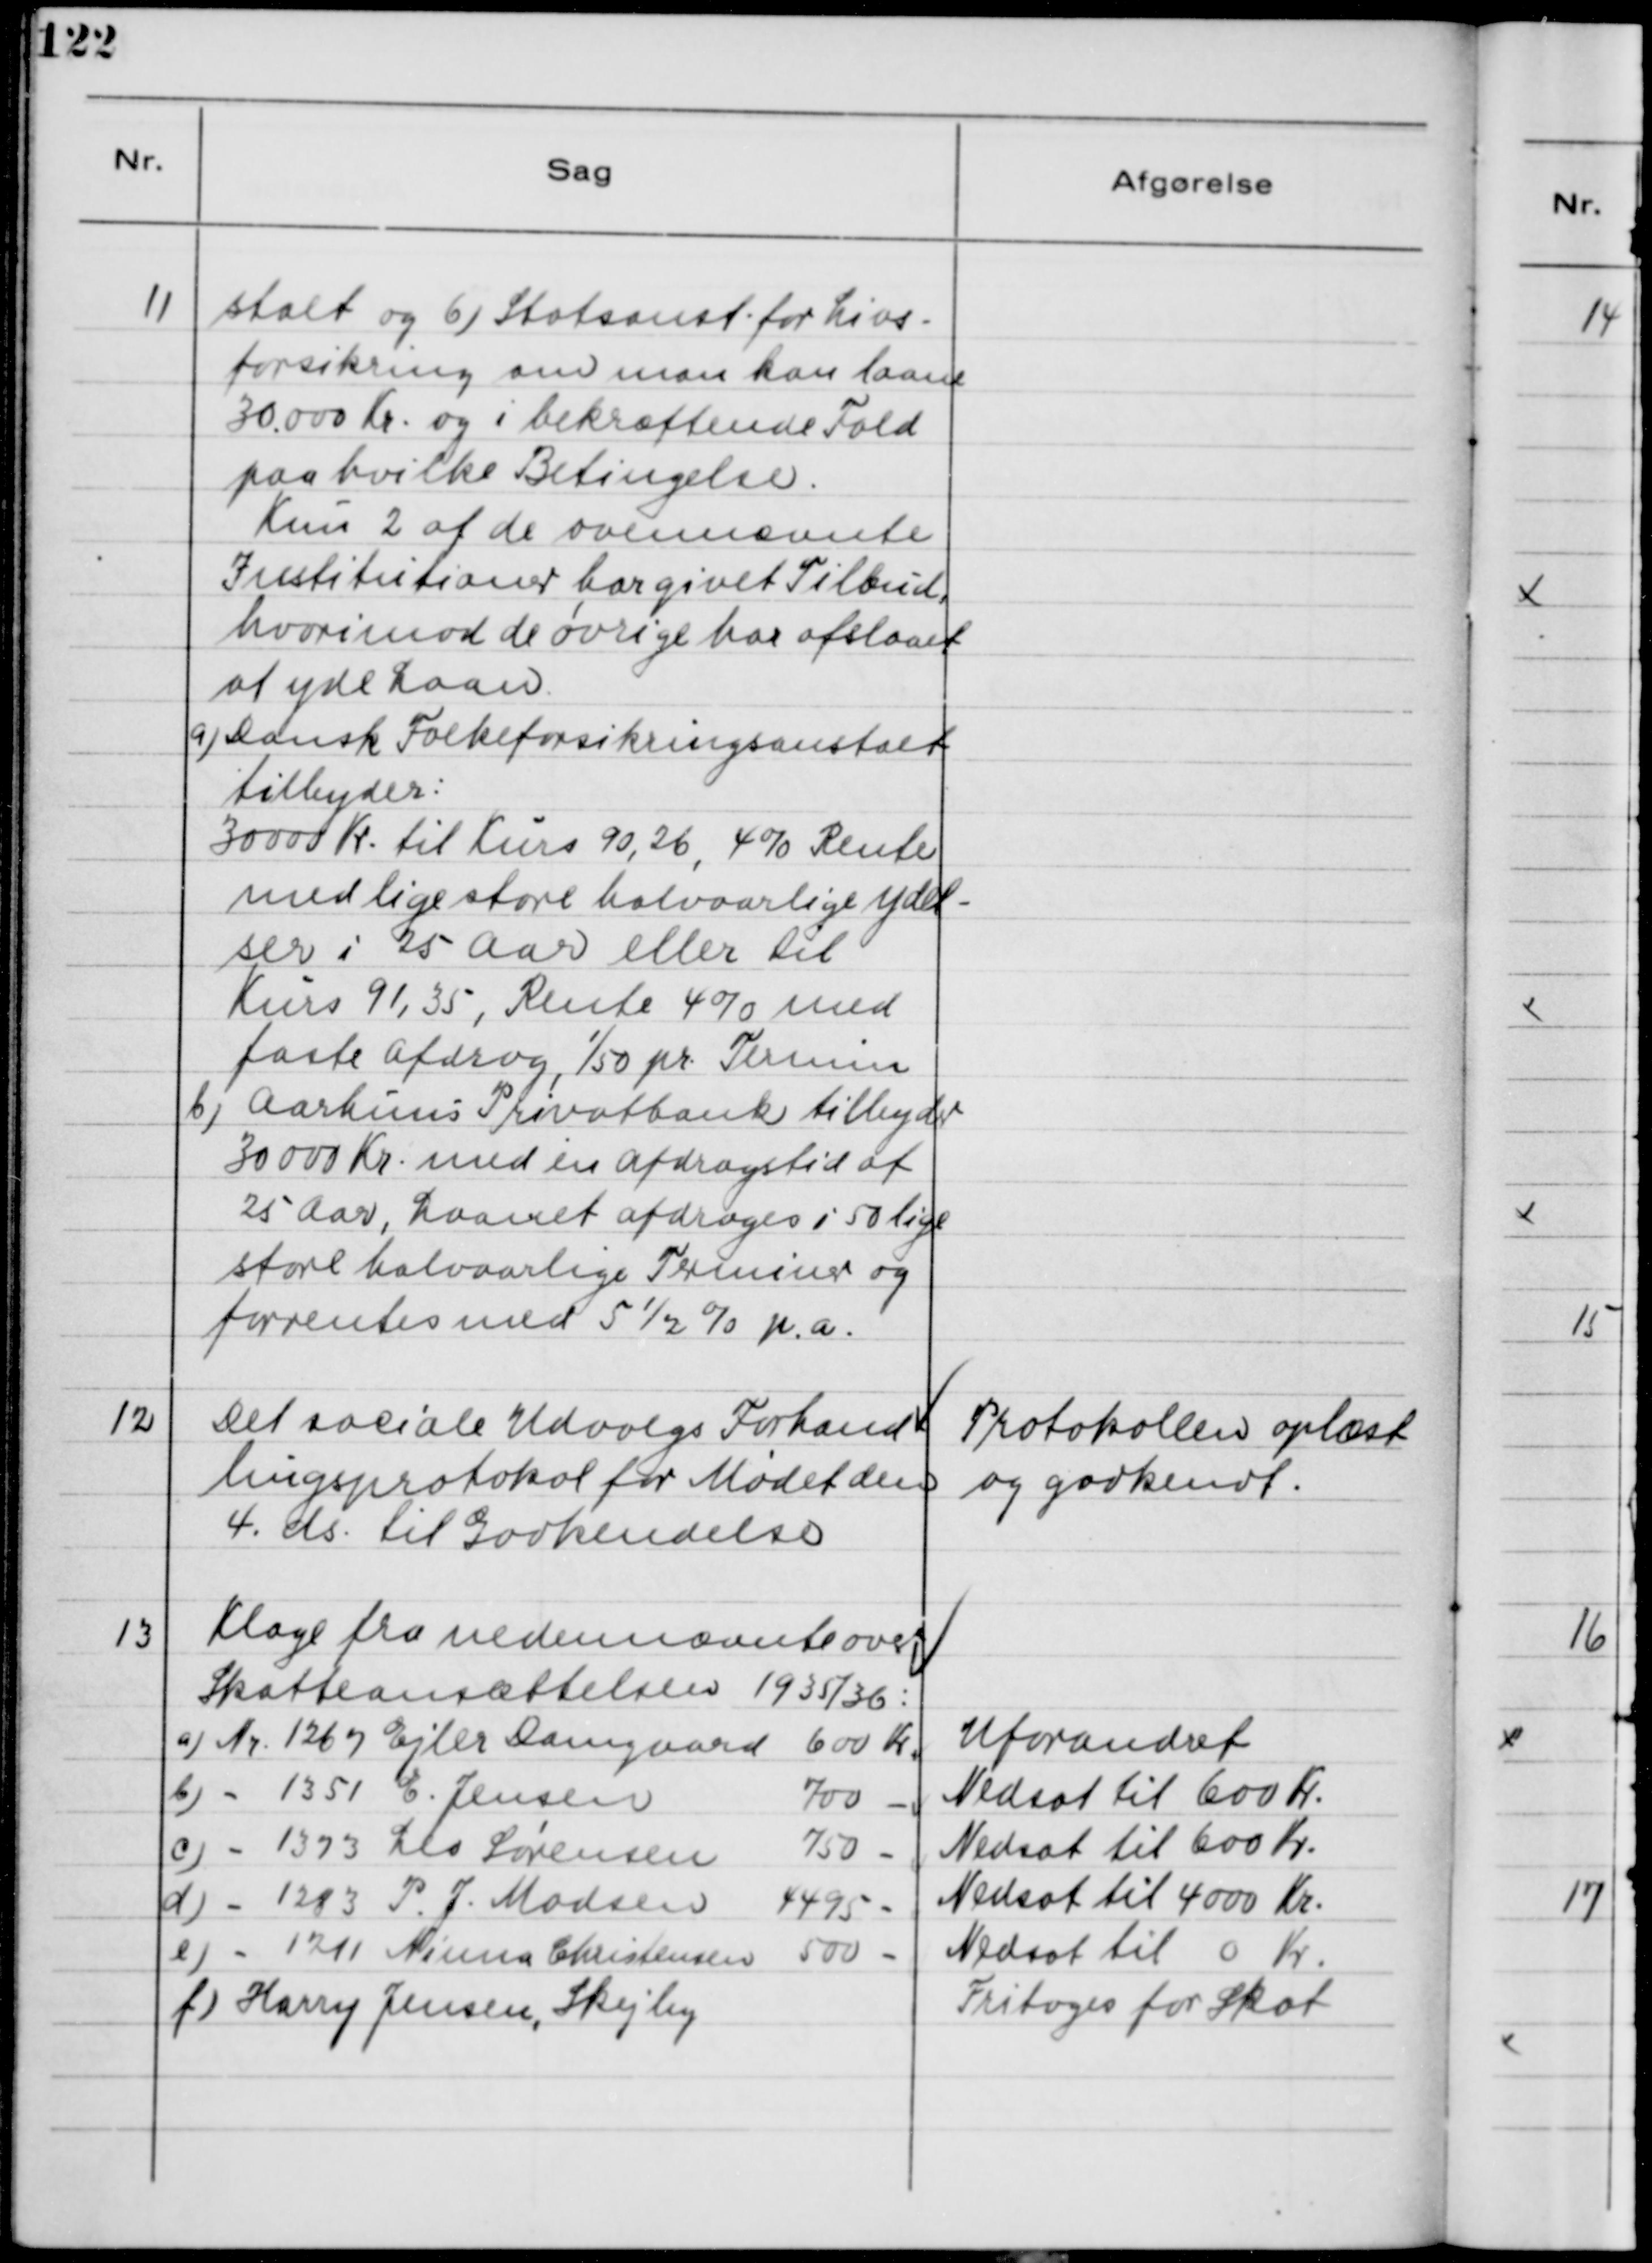
Transskription:
11
stalt og 6) Statsanst. for Livs-
forsikring om man kan laane
30.000 kr og i bekræftende Fald
paa hvilke Betingelser.
Kun 2 af de ovennævnte
Institutioner har givet Tilbud
hvorimod de øvrige har afslaaet
at yde Laan.
a) Dansk Folkeforsikringsanstalt
tilbyder:
30000 Kr til Kurs 90,26, 4% Rente
med lige store halvaarlige Ydel-
ser i 25 Aar eller til
Kurs 91,35, Rente 4% med
faste afdrag, 1/50 pr Termin
b) Aarhus Privatbank tilbyder
30.000 Kr med en afdragstid af
25 Aar, Laanet afdrages i 50 lige
store halvaarlige Terminer og
forrentes med 5½% p.a.
12
Det sociale Udvalgs Forhand-
lingsprotokol for Mødet den
4. ds. til Godkendelse.
Protokollen oplæst
og godkendt.
13
Klage fra nedennævnte over
Skatteansættelsen 1935/36:
a) Nr. 1267 Ejler Damgaard
600 kr Uforandret
b) - 1351 E. Jensen
700 Nedsat til 600 kr
c) - 1373 Lis Sørensen
750 Nedsat til 600 Kr
d) - 1283 P.J. Madsen
4495 Nedsat til 4000 Kr
e) - 1211 Minna Christensen
500 Nedsat til 0 Kr.
f) Harry Jensen, Skejby
Fritages for Skat.